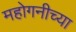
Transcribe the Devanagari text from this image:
महोगनीच्या